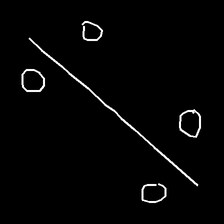
Glyph: cool